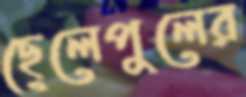
ছেলেপুলের